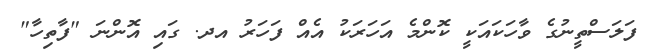
ފަލަސްތީނުގެ ވާހަކައަކީ ކޮންމެ އަހަރަކު އެއް ފަހަރު އދ. ގައި އޮންނަ "ފާތިހާ"